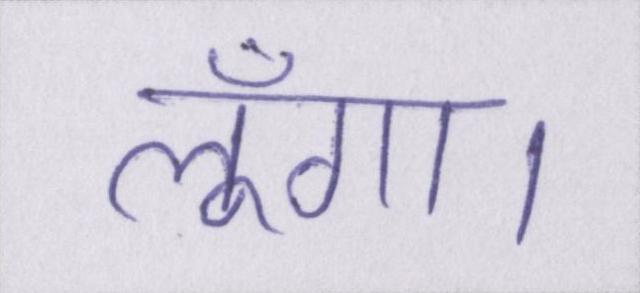
लूँगा।